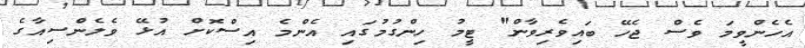
އެހެންވީމަ ވެސް ޖެހޭ ބައިވެރިވާން" ޓީމު ހިންގުމުގައި އެންމެ އިސްކޮށް އުޅޭ ވެލެންސިއާގެ